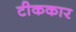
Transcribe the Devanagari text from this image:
टीककार